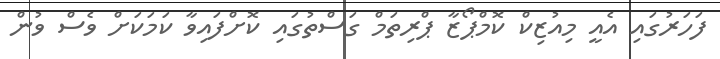
ފަހަރުގައި އެއީ މިއުޒިކް ކޮމްޕޯޒާ ޕްރިތަމް ގަސްތުގައި ކޮށްފައިވާ ކަމަކަށް ވެސް ވުން